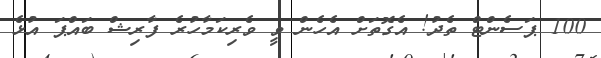
100 ޕަސެންޓް ތެދު! އެގޮތަށް އެހެން ވީ ވެރިކަމާހުރެ ފާރިޝް ބައްޕަ އުޅެ